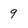
Character: 9